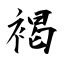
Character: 褐